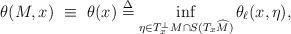
LaTeX: \begin{align*}\theta(M,x)\ \equiv \ \theta (x)\stackrel{\Delta}{=}\inf_{\eta\in T_x^\perp M \cap S(T_x\widehat{M})}\theta_{\ell}(x,\eta),\end{align*}